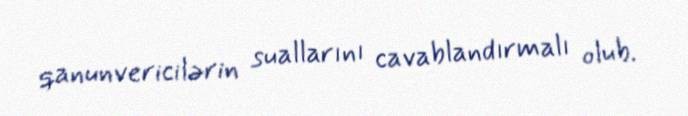
qanunvericilərin suallarını cavablandırmalı olub.